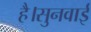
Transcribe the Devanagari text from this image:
है।सुनवाई